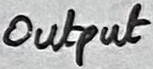
Text: Output